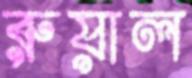
রুয়াল